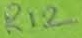
Text: R12